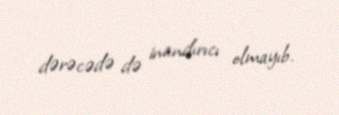
dərəcədə də inandırıcı olmayıb.